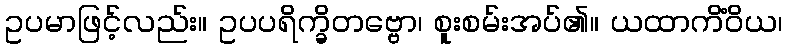
ဥပမာဖြင့်လည်း။ ဥပပရိက္ခိတဗ္ဗော၊ စူးစမ်းအပ်၏။ ယထာကိံဝိယ၊